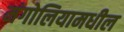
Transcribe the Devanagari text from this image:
मंगोलियामधील